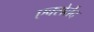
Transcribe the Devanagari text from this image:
एक्सेर्तेद